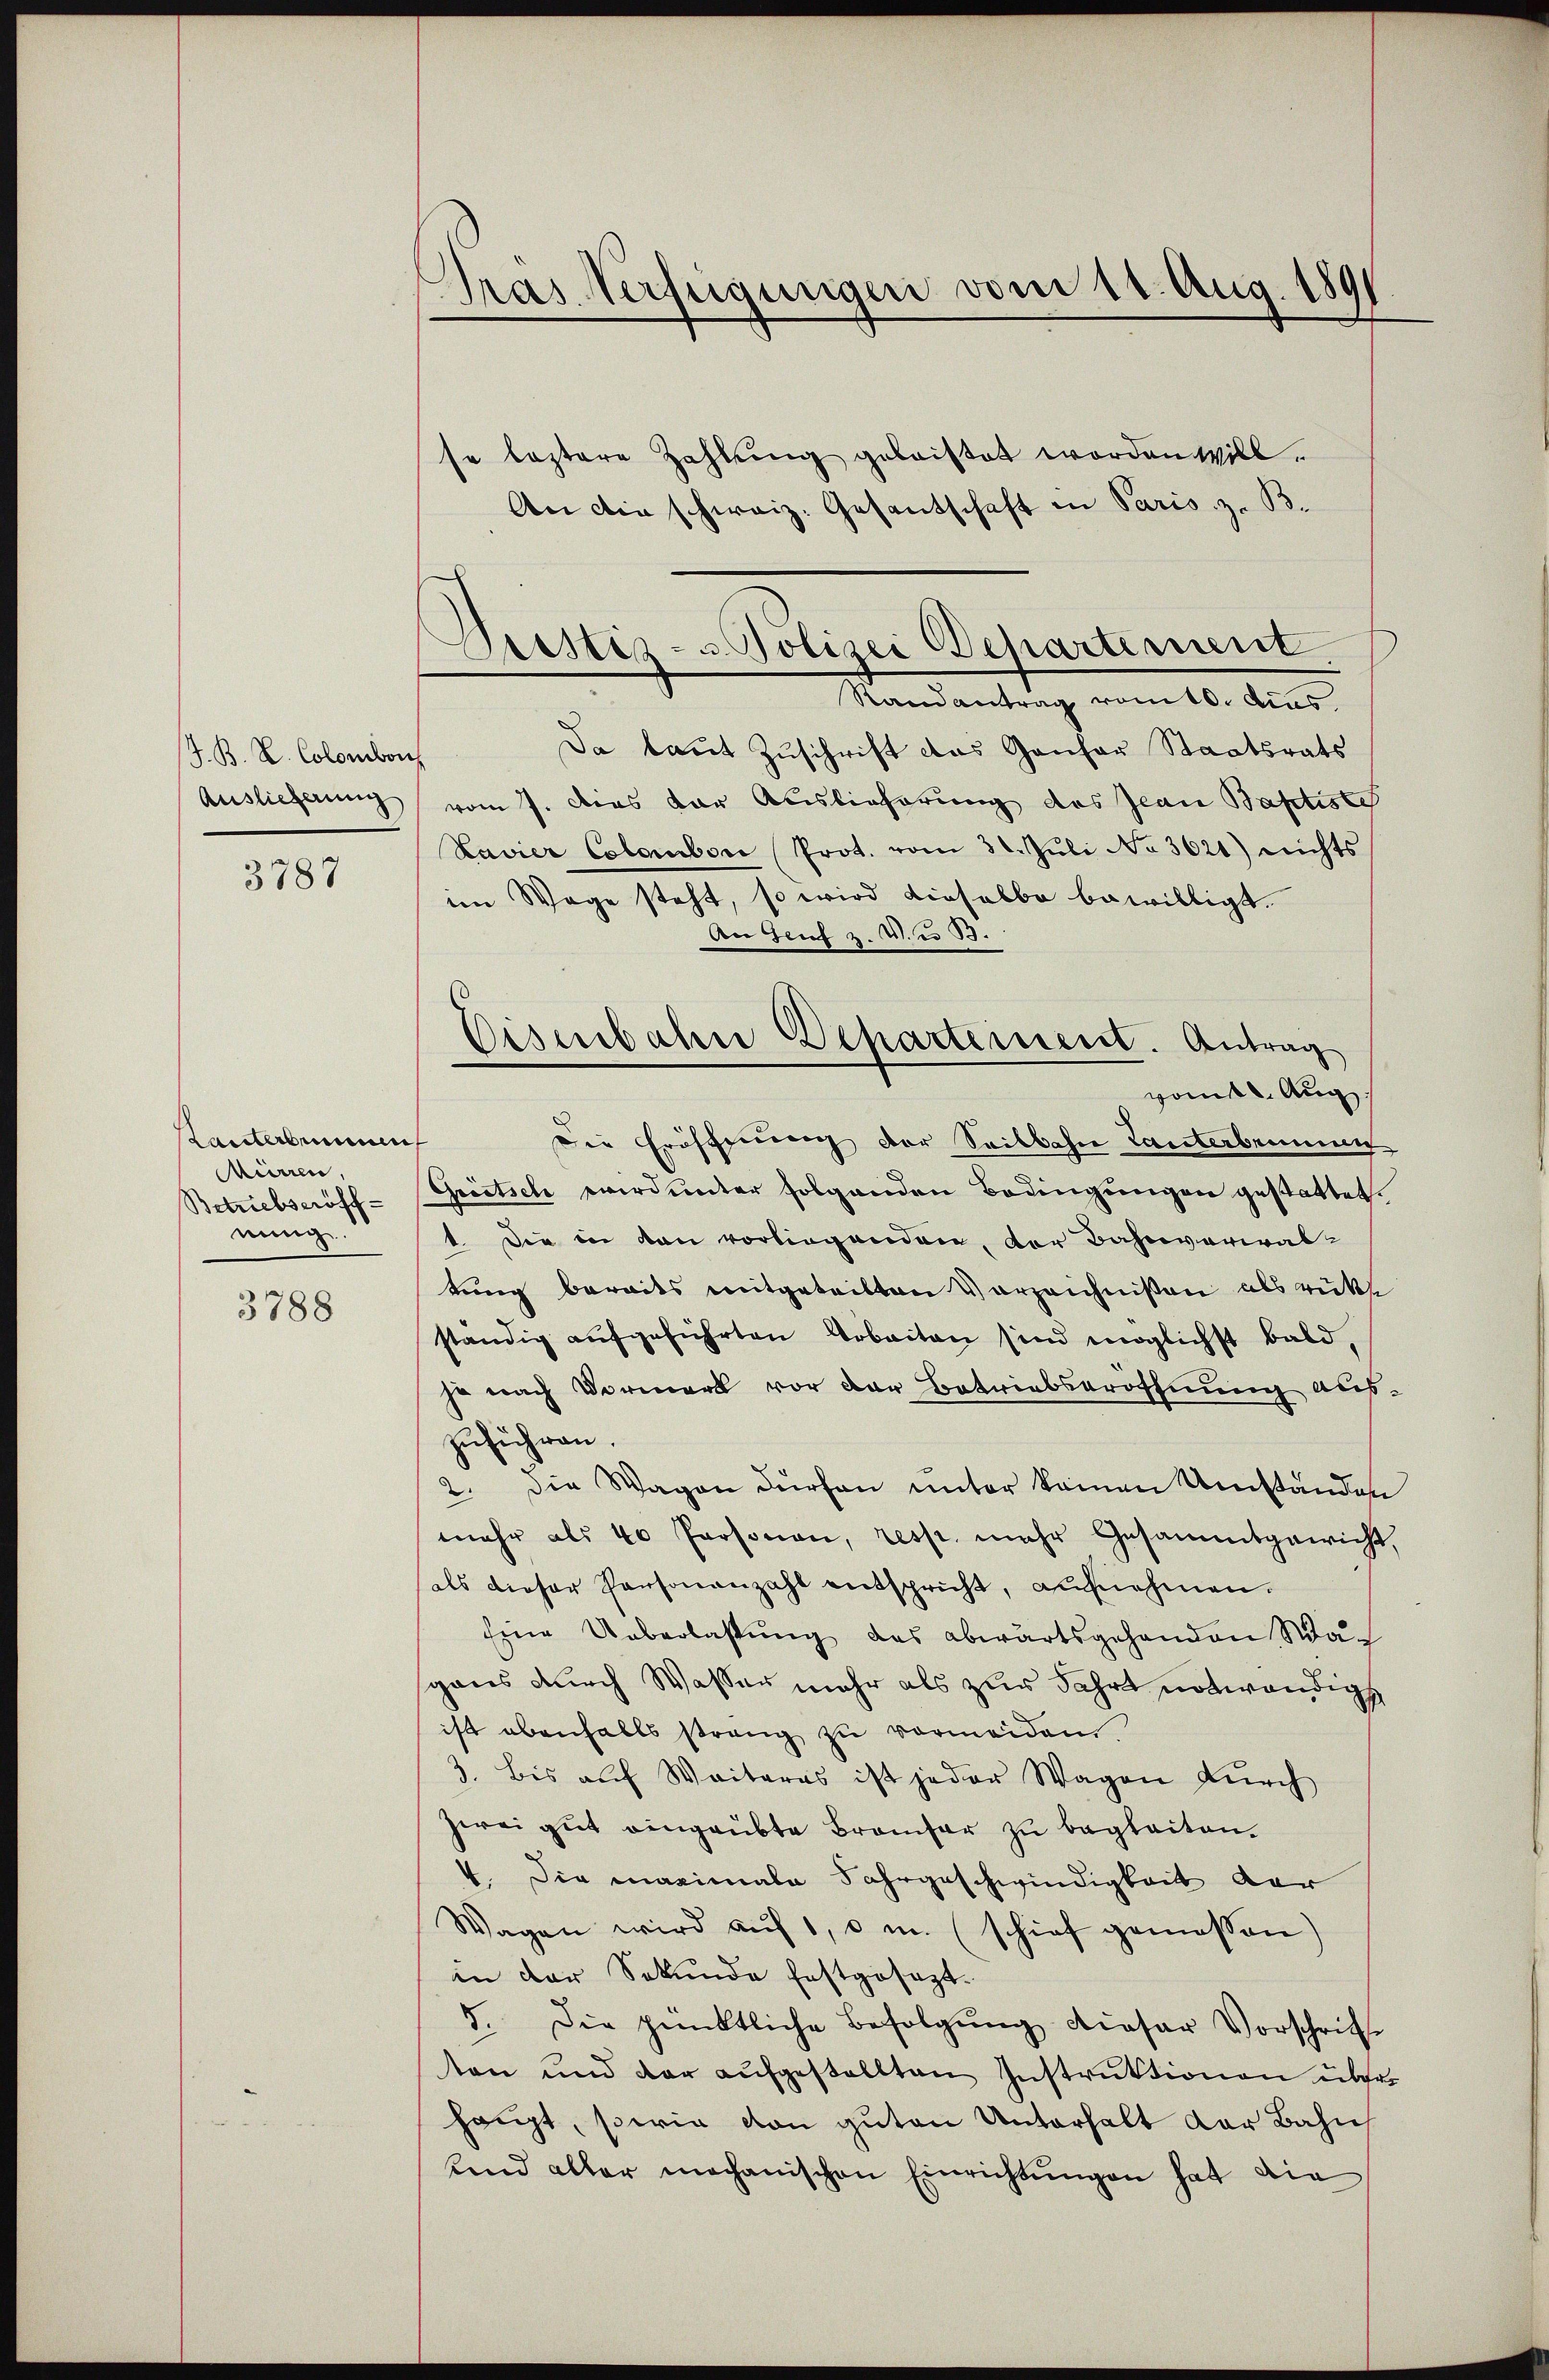
7. B. L. Colombon
Auslieferung

3787

Lanterbummen
Minnen,
Betriebseröffnung.

3788

Gras Verfügungen vom 11. Aug. 1891

Presti - u Polizei Departement

se leztere Zahlung geleistet worden will.
An die schweiz. Gesantschaft in Paris z. B.
Randantrag vom 6. dies
Da laut Zuschrift das Gantar Staatsrats
vom 7. dies der Auslieferung des Jean Baptiste
Kavier Calambor Prot. vom 31. Juli No 3621) nichts
im Wege steht, so wird dieselbe bewilligt.
An Genf z. V. B.
vom 8. Aug.
Die Eröffnung der Seitbahn Tanterbrunneng
Greetsch wird unter folgenden Bedingungen gestattet.
1. Die in den vorliegenden, der Bahnverwaltung beraits mitgeteilten Verzeichnißen als rückt
ständig aufgeführten Arbeiten sind möglichst bald,
je nach Vormerk vor der Betriebseröffnung auszuführen.
2. Die Wagen dürfen unter keinen Umständen
mehr als 40 Personen, resp. mehr Gesammtgewicht,
als dieser Personanzahl entspricht, aufnehmen.
Eine Ueberlassung das abwärtsgehanden Wasgaus durch Wasser mehr als zur Fahrt notwendig
ist ebenfalls strang zu vermeiden.
3. bis auf Weiteres ist jeder Wagen durch
zwei gut eingeübte Brancher zu begleiten.
4. Die maximale Jahrgeschwindigkeit der
Wagen wird aŭf 1, m. schief gemessen)
in der Sekunde festgesezt.
5. Die pünktliche Befolgŭng dieser Vorschrift
ten und der aŭfgestellten Instruktionen über-
haupt, sowie von guten Unterhalt der Bahn
Kind aller mechanischen Einrichtungen hat die

Eisenbahn Departement. Antrag